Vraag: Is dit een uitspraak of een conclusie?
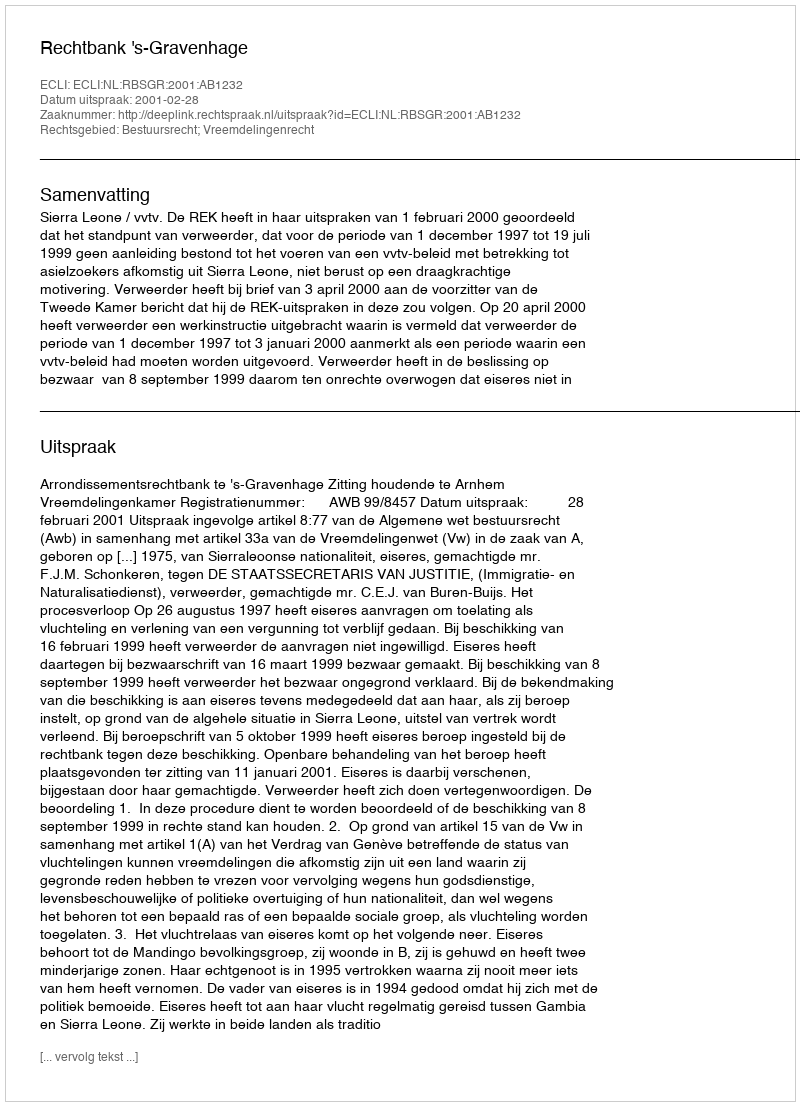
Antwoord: Uitspraak